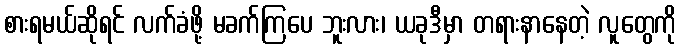
စားရမယ်ဆိုရင် လက်ခံဖို့ မခက်ကြပေ ဘူးလား၊ ယခုဒီမှာ တရားနာနေတဲ့ လူတွေကို